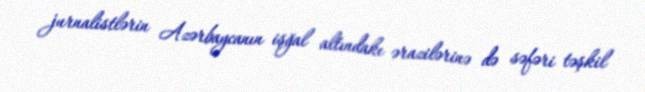
jurnalistlərin Azərbaycanın işğal altındakı ərazilərinə də səfəri təşkil